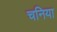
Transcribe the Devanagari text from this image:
चनिया